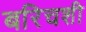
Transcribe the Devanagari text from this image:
बरिचशी